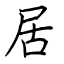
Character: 居